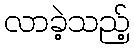
လာခဲ့သည့်